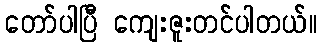
တော်ပါပြီ ကျေးဇူးတင်ပါတယ်။